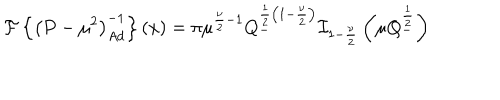
{ \cal { F } } \left\{ \left( P - { \mu } ^ { 2 } \right) _ { A d } ^ { - 1 } \right\} ( x ) = \pi { \mu } ^ { \frac { \nu } { 2 } - 1 } Q _ { - } ^ { \frac { 1 } { 2 } \left( 1 - \frac { \nu } { 2 } \right) } { \cal { I } } _ { 1 - \frac { \nu } { 2 } } \left( \mu Q _ { - } ^ { \frac { 1 } { 2 } } \right)